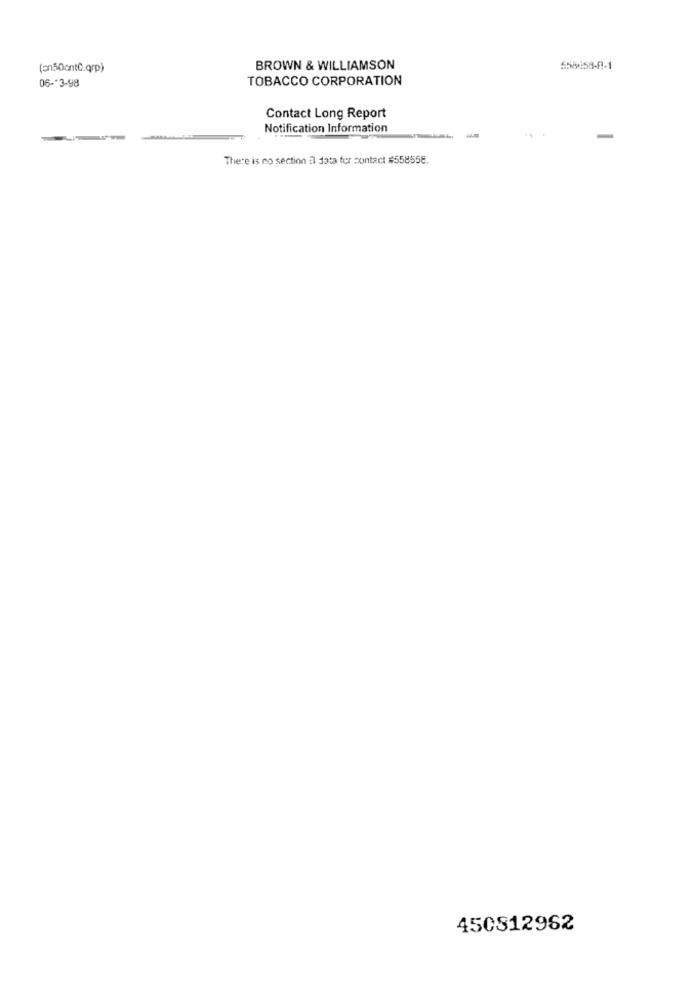
(an50ontC.qrp)
BROWN & WILLIAMSON
558858-8-1
06 -* 3-98
TOBACCO CORPORATION
Contact Long Report
Notification Information
There is no section il data for contact #558558.
450812962